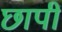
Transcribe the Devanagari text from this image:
छापीं